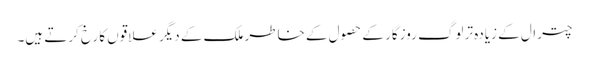
چترال کے زیادہ تر لوگ روزگار کے حصول کے خاطر ملک کے دیگر علاقوں کا رخ کرتے ہیں۔